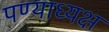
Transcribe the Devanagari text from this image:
पण्याध्यक्ष